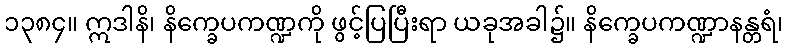
၁၃၈၄။ ဣဒါနိ၊ နိက္ခေပကဏ္ဍကို ဖွင့်ပြပြီးရာ ယခုအခါ၌။ နိက္ခေပကဏ္ဍာနန္တရံ၊